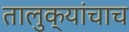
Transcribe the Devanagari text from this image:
तालुक्यांचाच